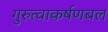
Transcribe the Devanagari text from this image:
गुरुत्वाकर्षणबल